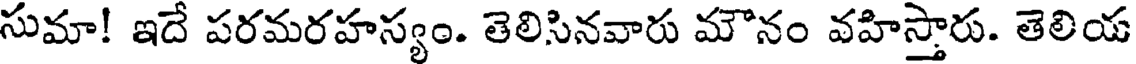
సుమా! ఇదే పరమరహస్యం. తెలిసినవారు మౌనం వహిస్తారు. తెలియ